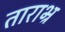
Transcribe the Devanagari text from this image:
ताराभ्र